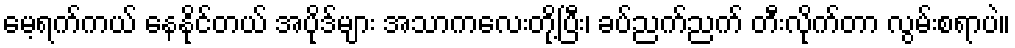
မေ့ရက်ကယ် နေနိုင်တယ် အပိုဒ်များ အသာကလေးတို့ပြီး၊ ခပ်ညက်ညက် တီးလိုက်တာ လွမ်းစရာပဲ။